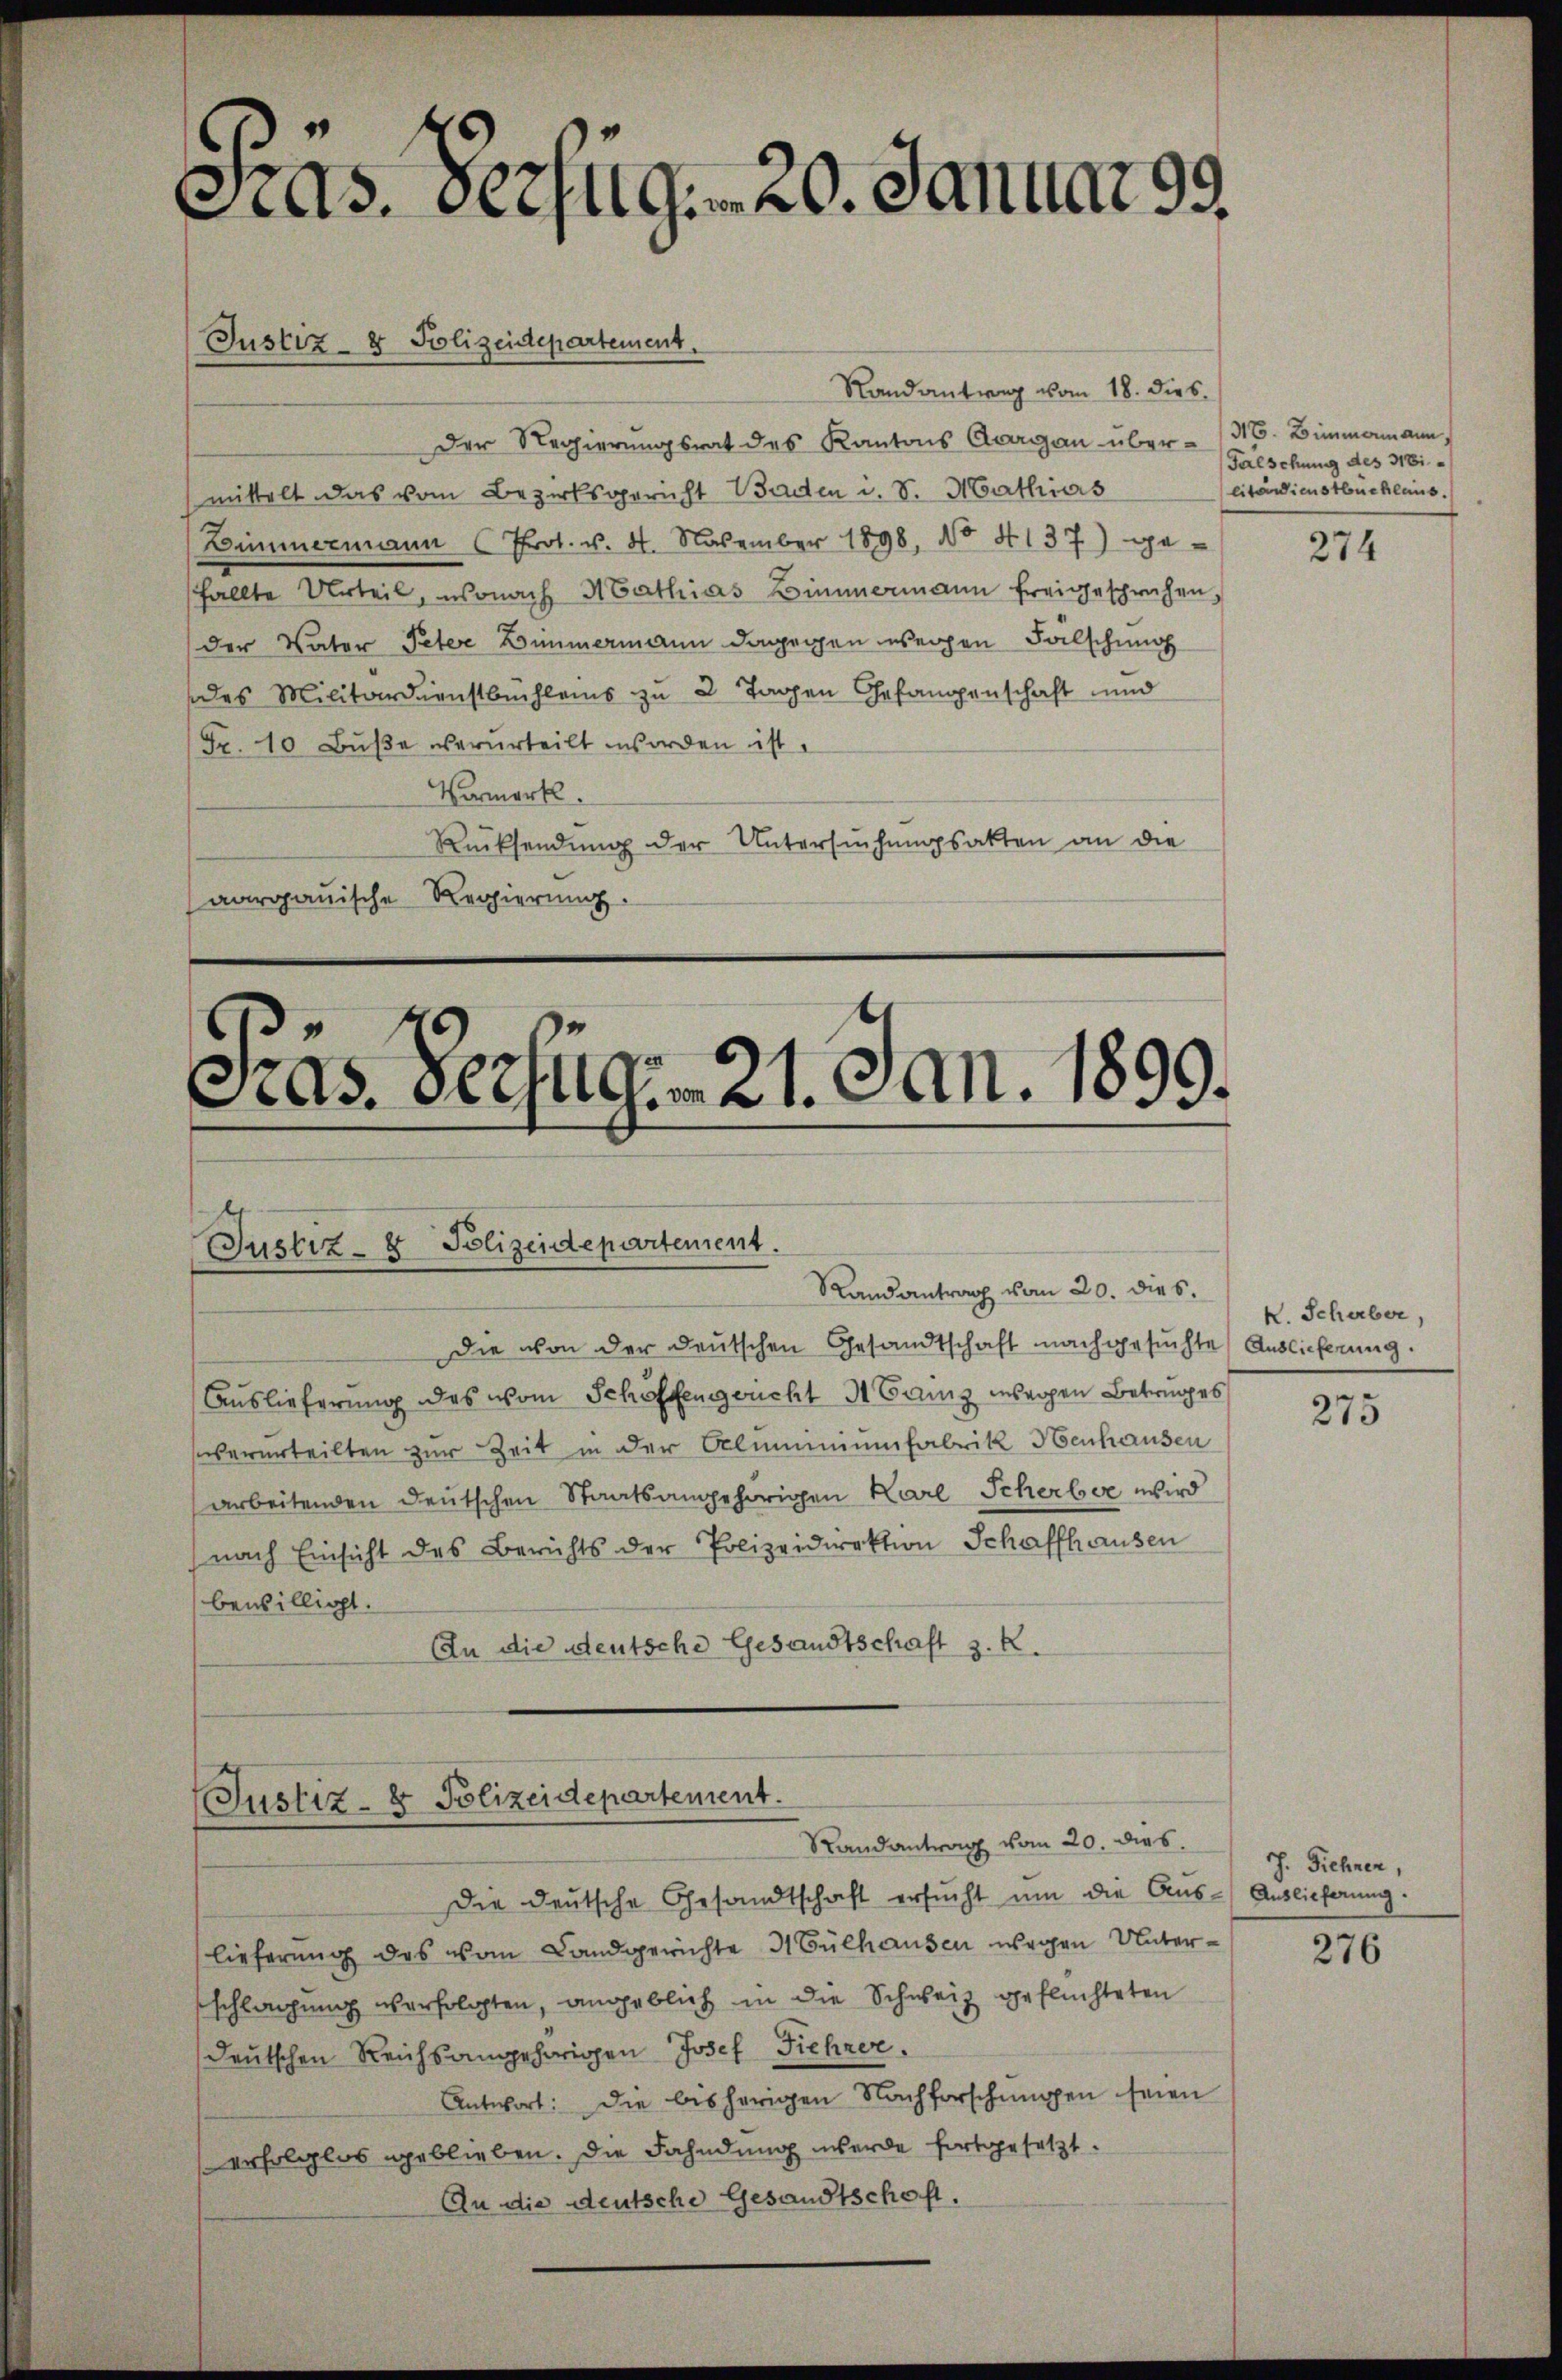
Cas. Verzug. 20. Januar 99.

Randantrag vom 18. dies
Der Regierungsrat des Kantons Aargau über 1317. Limmamann,
mittelt das vom Bezirksgericht Baden i. S. Mathias
Zimmermann (Prot. v. 4. November 1898, No 4137) ge-
hallte Urteil, wonach Mathias Zimmermann freigesprochen
der Vater Peter Zimmermann dagegen wegen Fälschung
des Militärdienstbuchleis zu 2 Tagen Gefangenschaft und
Fr. 10 Buße verurteilt worden ist.
Vormerk.
Rücksendung der Untersuchungsakten an die
aargauische Regierung.

Justiz- & Polizeidepartement.

Präs. Verfüg. 21. Jan. 1890.
Justiz- & Polizeidepartement.
Randantrag vom 20. dies.
die von der deutschen Gesandtschaft nachgesuchte Auslieferung.

Auslieferung des vom Schöffenseucht 3 Franz unseren Betruges
verurteilten zur Zeit in der Almumiumfabrik Henhausen
arbeitenden Deutschen Staatsangehörigen Karl Scherber wird
nach Einsicht des Berichts der Polizeidirektion Schaffhausen
bewilligt.
An die deutsche Gesandtschaft z. B.

(Justiz- & Polizeidepartement.
Randantrag vom 20. dies

Die deutsche Gesandtschaft ersŭcht um die Aus-Auslieferung.
lieferung des vom Landgerichte 3 Gülhausen wegen Untersschlagung verfolgten, angeblich in die Schweiz geflüchteten
Deutschen Reichsangehörigen Josef Fiehrer.
Antwort: Die bisherigen Nachforschŭngen seien
erfolglos geblieben. Die Fahndung werde fortgesetzt.
An die deutsche Gesandtschaft.

Falschung des 318
litärdienstbuchlaus.

274

k. Scherber,

275

J. Fiehren,

276